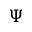
\Psi